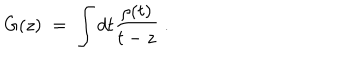
LaTeX: G ( z ) \; = \; \int d t \frac { \rho ( t ) } { t - z } \; .